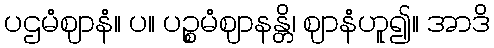
ပဌမံဈာနံ။ ပ။ ပဉ္စမံဈာနန္တိ၊ ဈာနံဟူ၍။ အာဒိ